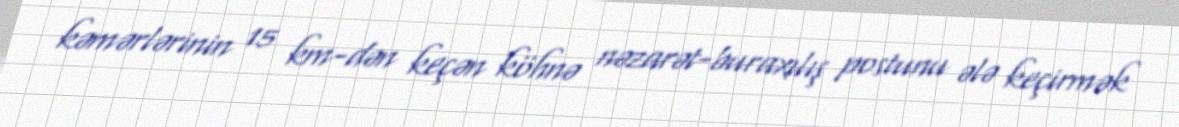
kəmərlərinin 15 km-dən keçən köhnə nəzarət-buraxılış postunu ələ keçirmək